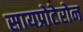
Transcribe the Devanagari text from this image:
सायप्रोटेरोन